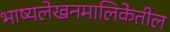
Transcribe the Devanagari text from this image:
भाष्यलेखनमालिकेतील